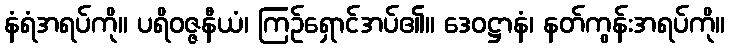
နံရံအရပ်ကို။ ပရိဝဇ္ဇနီယံ၊ ကြဉ်ရှောင်အပ်၏။ ဒေဝဋ္ဌာနံ၊ နတ်ကွန်းအရပ်ကို။